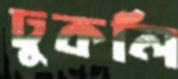
ঢুকলি